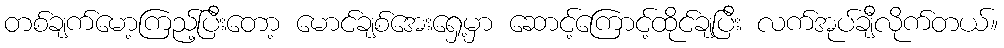
တစ်ချက်မော့ကြည့်ပြီးတော့ မောင်ချစ်အေးရှေ့မှာ ဆောင့်ကြောင့်ထိုင်ချပြီး လက်အုပ်ချီလိုက်တယ်။